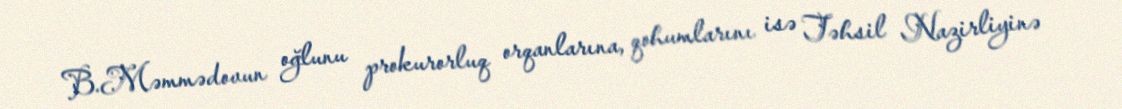
B.Məmmədovun oğlunu prokurorluq orqanlarına, qohumlarını isə Təhsil Nazirliyinə